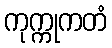
ကုက္ကုကတံ